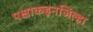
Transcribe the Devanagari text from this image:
पक्षाकडूनजिल्हा